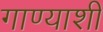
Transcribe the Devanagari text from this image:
गाण्याशी